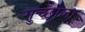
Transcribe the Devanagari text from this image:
गुच्छाला